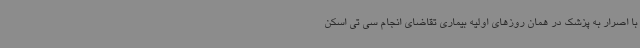
با اصرار به پزشک در همان روزهای اولیه بیماری تقاضای انجام سی تی اسکن